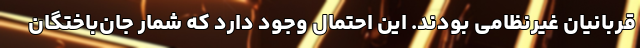
قربانیان غیرنظامی بودند. این احتمال وجود دارد که شمار جان‌باختگان